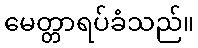
မေတ္တာရပ်ခံသည်။